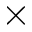
\times